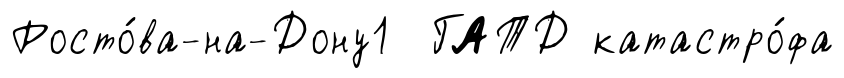
Росто́ва-на-Дону1 ГАТД катастро́фа